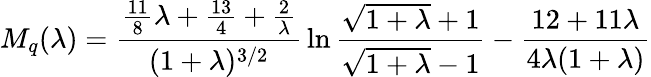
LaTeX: M_{q}(\lambda)={\frac{{\frac{11}{8}}\lambda+{\frac{13}{4}}+{\frac{2}{\lambda}}}{(1+\lambda)^{3/2}}}\ln{\frac{\sqrt{1+\lambda}+1}{\sqrt{1+\lambda}-1}}-{\frac{12+11\lambda}{4\lambda(1+\lambda)}}